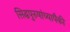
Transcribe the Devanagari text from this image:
सिद्धपुरुषांच्यापैकी